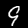
Digit: 9